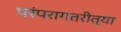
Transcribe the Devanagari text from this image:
परंपरागतरीत्या